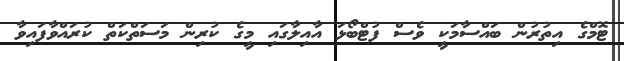
ޓޮމްގެ އިތުރުން ބައްސާމަކީ ވެސް ފުޓްބޯޅަ އާއިލާގައި މީގެ ކުރިން މަސަތްކަތް ކުރައްވާފައިވާ